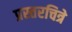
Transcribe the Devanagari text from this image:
प्रस्तरचित्रे